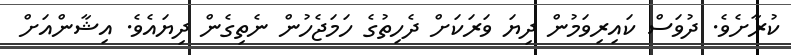
ކުރާށެވެ. ދުވަސް ކައިރިވަމުން ދިޔަ ވަރަކަށް ދެހިތުގެ ހަމަޖެހުން ނެތިގެން ދިޔައެވެ. އިޝާންއަށް